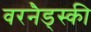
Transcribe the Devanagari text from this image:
वरनैड्स्की